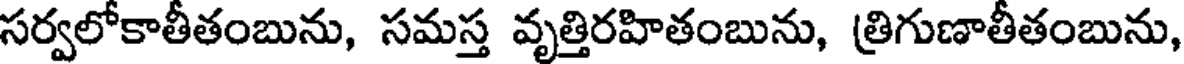
సర్వలోకాతీతంబును, సమస్త వృత్తిరహితంబును, (తిగుణాతీతంబును,